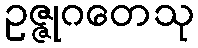
ဥဇ္ဇုဂတေသု